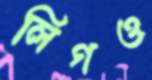
লিগও